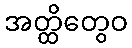
အတ္ထိတွေဝ